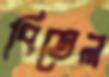
বিতেল